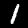
Digit: 1